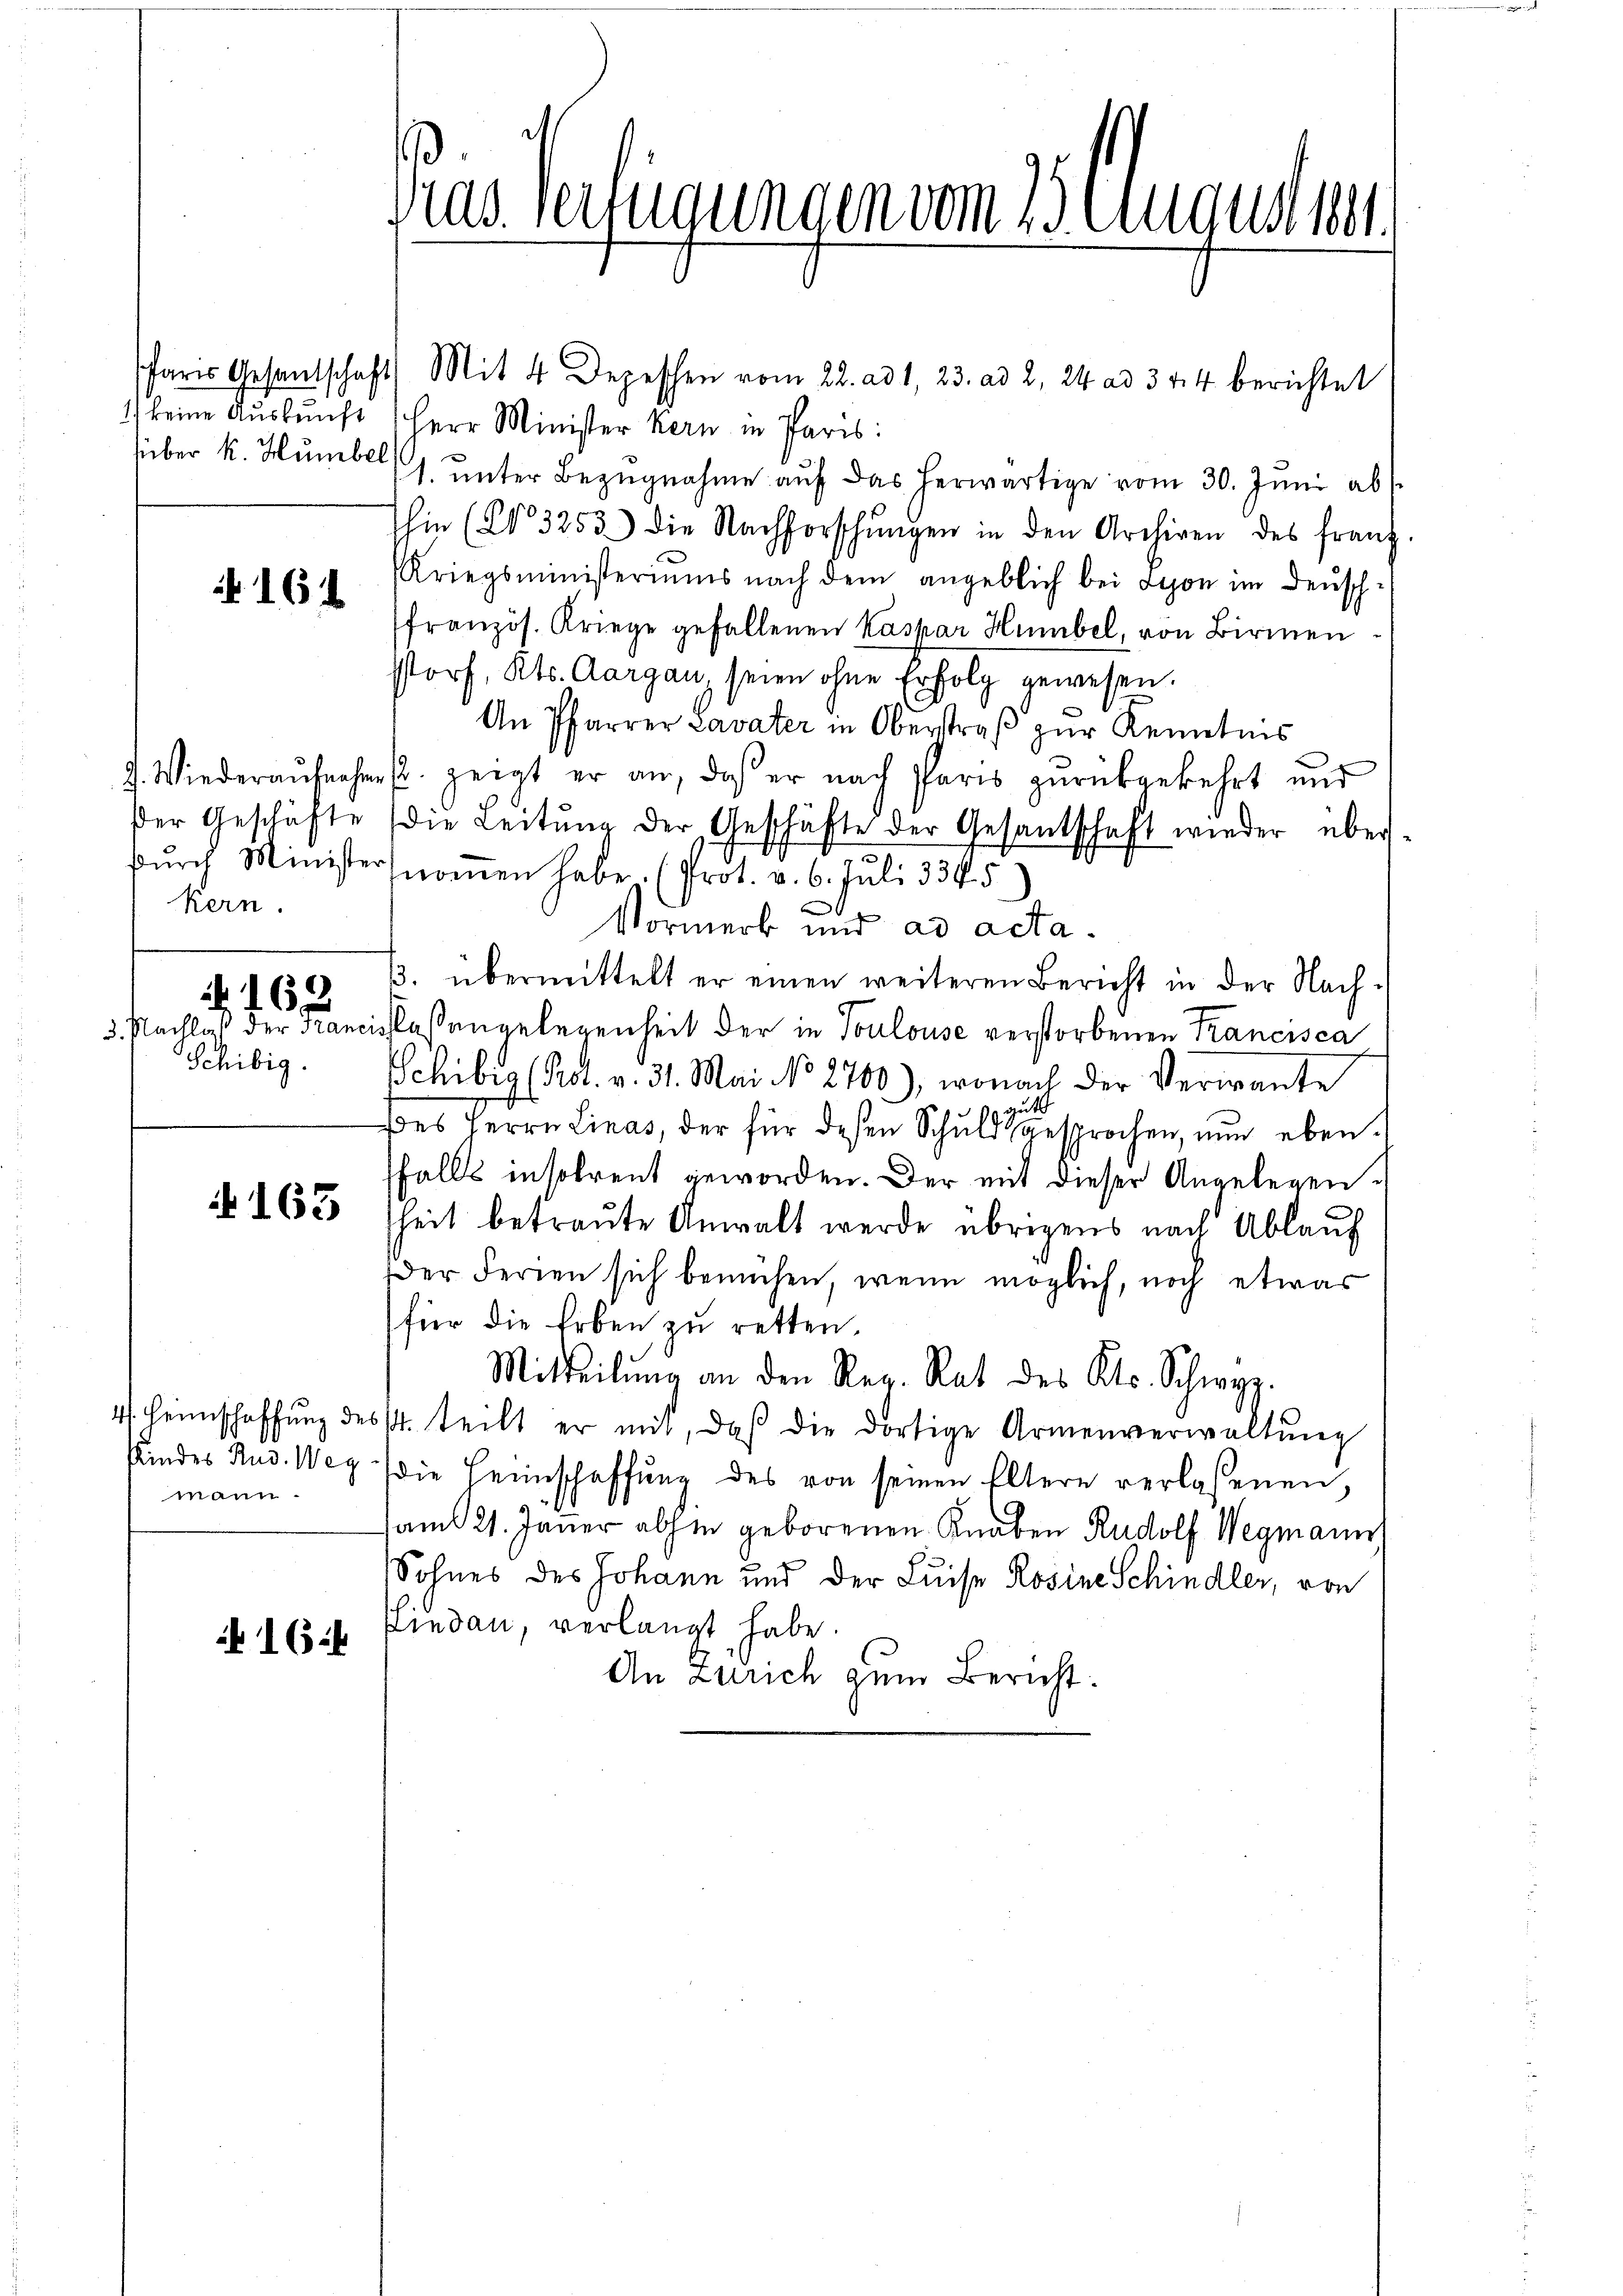
16

kern.

60

Schibig.

163

mann.

16.

Paris Gesantschaft Mit 4 Depeschen vom 22. ad 1, 23. ad 2, 24 ad 344 berichtet
1) keine Auskunft (Herr Minister Kern in Paris:
über k. Humbel (1. ŭnter Bezŭgnahme aŭf das herwärtige vom 30. Juni ab
Ihin (§ 3253) die Nachforschŭngen in den Archiven des franz.
Kriegsministeriums nach dem angeblich bei schon im Deusch-
französ. Kriege gefallenen Kaspar Humbel, von Birmen
storf, Kts. Aargau, seien ohne Erfolg gewesen.
An Pfarrer Lavater in Oberstraß zur Kenntnis
2. Wiederaŭfnahm s. zeigt er an, daß er nach Paris zŭrückgekehrt und
der Geschäfte (die Leitŭng der Geschäfte der Gesantschaft wieder überdŭrch Ministernoṁen habe. (Prot. v. 6. Juli 334. 5
e
Vormerk und ad acta.
B. übermittelt er einen weiteren Bericht in der Nach-
3. Nachlaß der Francisslaßangelegenheit der in Toulouse verstorbenen Francisca
chibig (Rer. v. 31. Mai No 2700), wonach der Verwante
ut
Des Herrn Linas, der für diesen Schuld gesprochen, nun eben.
falls insolrent geworden. Der mit dieser Angelegenheit betraute Anwalt werde übrigens nach Ablauf
der Ferien sich bemühen, wenn möglich, noch etwas
für die Erben zu retten
Mitteilŭng an den Reg. Rat des Kts. Schwyz.
4. Heimschaffŭng des 4. teilt er mit, daß die dortige Armenverwaltŭng
kindes Rud. Weg die Heimschaffung des von seinen Eltern verlaßenen,
am 21. Janer abhin geborenen Knaben Rudolf Wegmann
Sohnes des Johann und der Luise Rosine Schindler, von
Lindau, verlangt habe.
An Zürich zum Bericht:

Das Verfügungen vom 2. Augusten